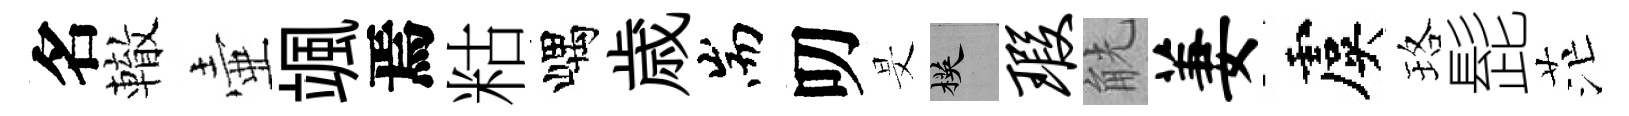
名轍壷颯焉䊀嵎歳耑叨旻楧瑕觥萋虞珞髭茫